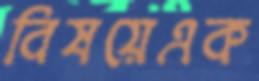
বিষয়েএক